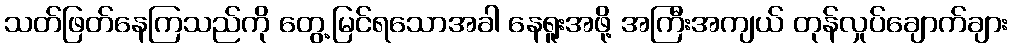
သတ်ဖြတ်နေကြသည်ကို တွေ့မြင်ရသောအခါ နေရူးအဖို့ အကြီးအကျယ် တုန်လှုပ်ချောက်ချား